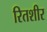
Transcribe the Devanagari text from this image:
रितशीर